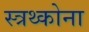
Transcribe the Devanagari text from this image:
स्त्रथ्कोना